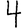
Digit: 4